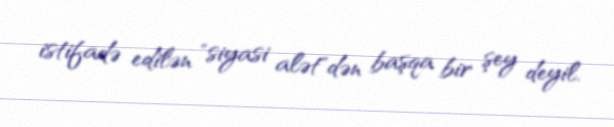
istifadə edilən "siyasi alət"dən başqa bir şey deyil.